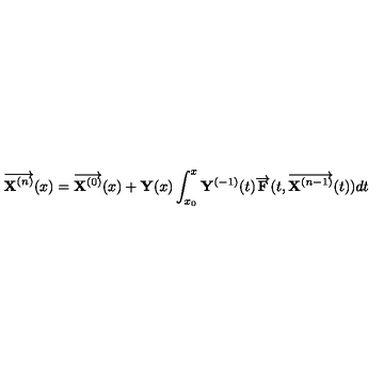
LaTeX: \overrightarrow { { \bf X } ^ { ( n ) } } ( x ) = \overrightarrow { { \bf X } ^ { ( 0 ) } } ( x ) + { \bf Y } ( x ) \int _ { x _ { 0 } } ^ { x } { \bf Y } ^ { ( - 1 ) } ( t ) \overrightarrow { { \bf F } } ( t , \overrightarrow { { \bf X } ^ { ( n - 1 ) } } ( t ) ) d t